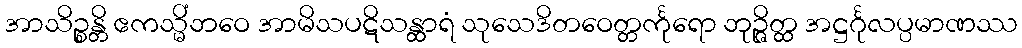
အာသိဉ္စန္တိ ဧကသ္မိံဘဝေ အာမိသပဋိသန္ထာရံ သုသေဒိတဝေတ္တင်္ကုရော ဘုဉ္ဇိတ္ထ အဋ္ဌင်္ဂုလပ္ပမာဏဿ